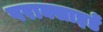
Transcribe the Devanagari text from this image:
पराक्साइडें